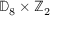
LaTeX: \mathbb { D } _ { 8 } \times \mathbb { Z } _ { 2 }